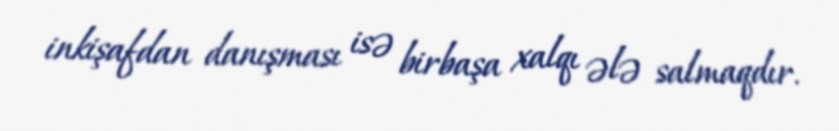
inkişafdan danışması isə birbaşa xalqı ələ salmaqdır.